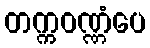
တက္ကဝဏ္ဏံပေ